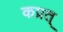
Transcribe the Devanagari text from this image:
कप्रत्